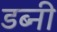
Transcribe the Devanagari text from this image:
डब्नी